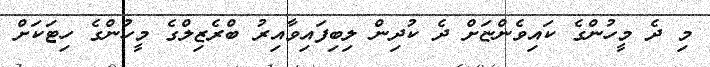
މި ދެ މީހުންގެ ކައިވެންޏަށް ދެ ކުދިން ލިބިފައިވާއިރު ބްރެޒިލްގެ މީހުންގެ ހިޓަކަށް